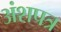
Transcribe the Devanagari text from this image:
अंशपत्र